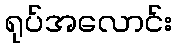
ရုပ်အလောင်း